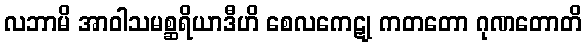
လဘာမိ အာဝါသမစ္ဆရိယာဒီဟိ စေလကေဋု ကတတော ဂုဏတောတိ